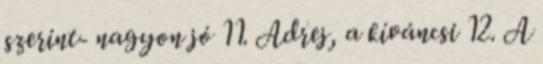
szerint- nagyon jó 11. Adrej, a kíváncsi 12. A